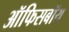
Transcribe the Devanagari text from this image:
ऑफिसबॉय